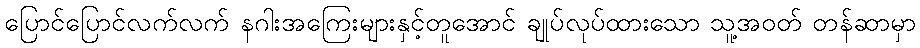
ပြောင်ပြောင်လက်လက် နဂါးအကြေးများနှင့်တူအောင် ချုပ်လုပ်ထားသော သူ့အဝတ် တန်ဆာမှာ